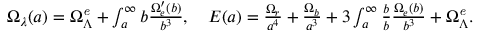
\begin{array} { r } { \Omega _ { \lambda } ( a ) = \Omega _ { \Lambda } ^ { \it e } + \int _ { a } ^ { \infty } \d b \frac { \Omega _ { e } ^ { \prime } ( b ) } { b ^ { 3 } } , \quad E ( a ) = \frac { \Omega _ { r } } { a ^ { 4 } } + \frac { \Omega _ { b } } { a ^ { 3 } } + 3 \int _ { a } ^ { \infty } \frac { \d b } { b } \frac { \Omega _ { e } ( b ) } { b ^ { 3 } } + \Omega _ { \Lambda } ^ { \it e } . } \end{array}